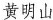
黄明山